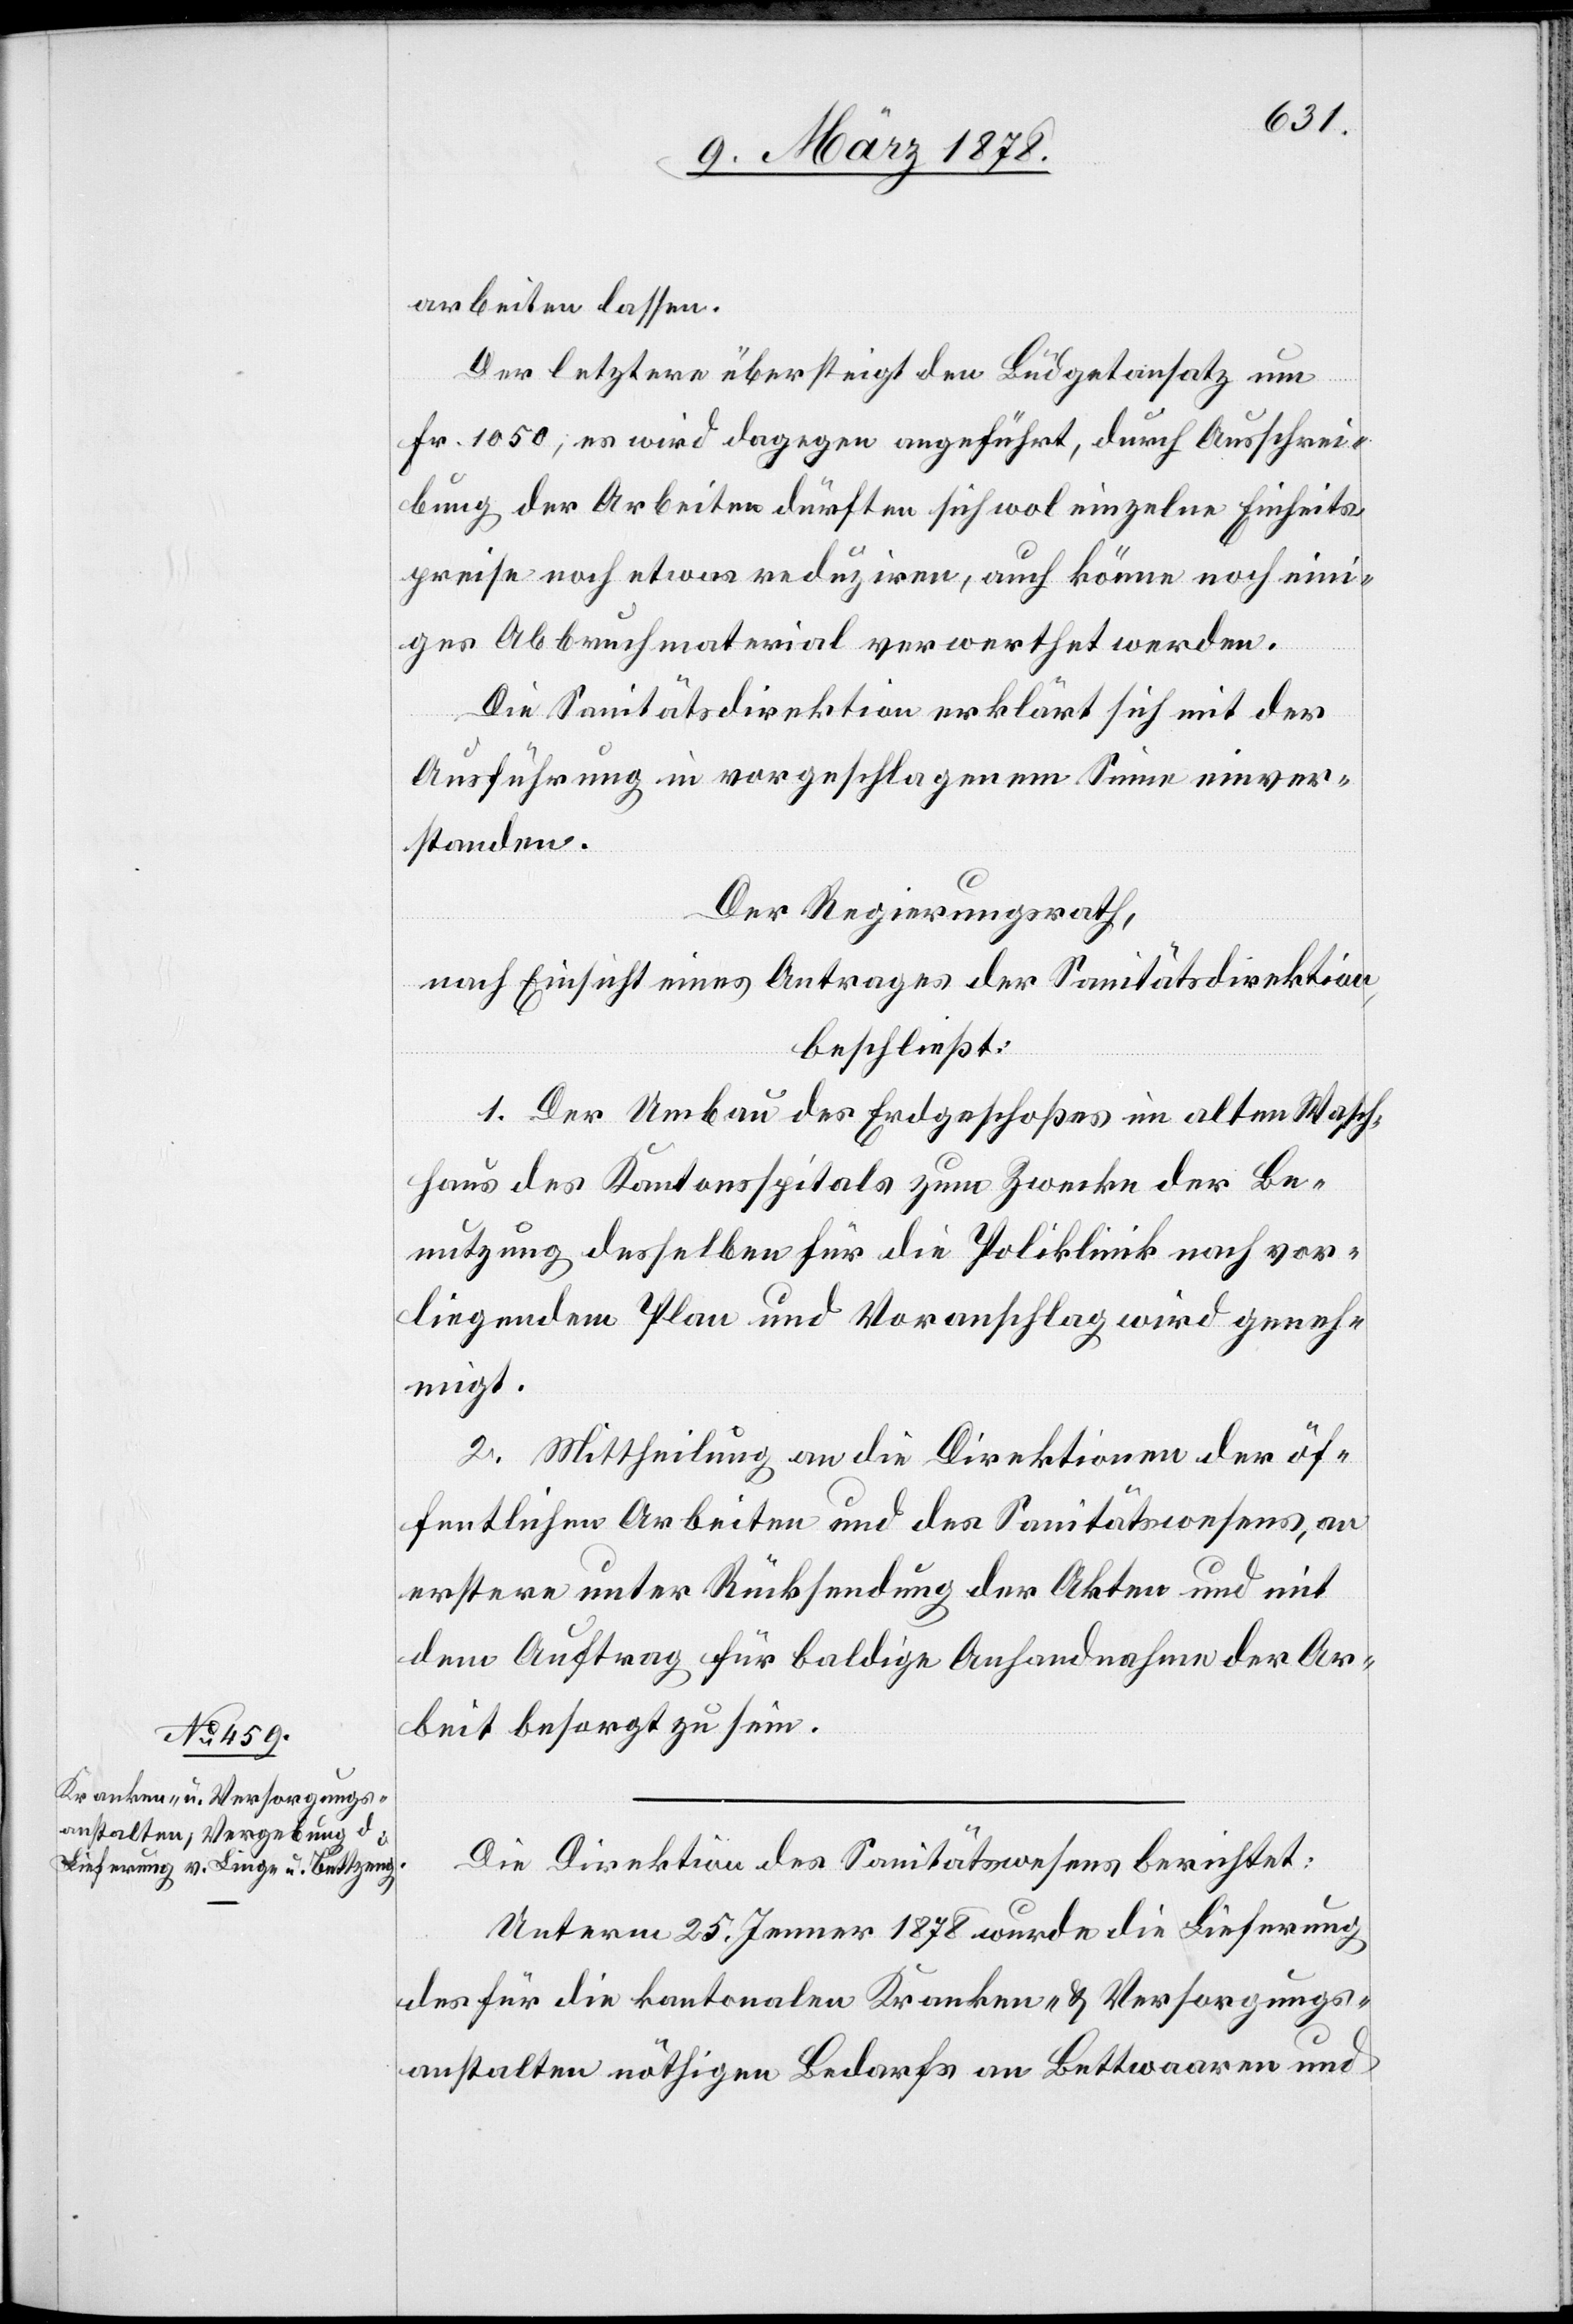
arbeiten lassen.
Der letztere übersteigt den Büdgetansatz um
Fr. 1050; es wird dagegen angeführt, durch Ausschrei¬
bung der Arbeiten dürften sich wol einzelne Einheits¬
preise noch etwas reduziren, auch könne noch eini¬
ges Abbruchmaterial verwerthet werden.
Die Sanitätsdirektion erklärt sich mit der
Ausführung in vorgeschlagenem Sinne einver¬
standen.
Der Regierungsrath,
nach Einsicht eines Antrages der Sanitätsdirektion,
beschließt:
1. Der Umbau des Erdgeschoßes im alten Wasch¬
haus des Kantonsspitals zum Zwecke der Be¬
nutzung desselben für die Poliklinik nach vor¬
liegendem Plan und Voranschlag wird geneh¬
migt.
2. Mittheilung an die Direktionen der öf¬
fentlichen Arbeiten und des Sanitätswesens, an
erstere unter Rücksendung der Akten und mit
dem Auftrag für baldige Anhandnahme der Ar¬
beit besorgt zu sein.
Die Direktion des Sanitätswesens berichtet:
Unterm 25. Jenner 1878 wurde die Lieferung
des für die kantonalen Kranken & Versorgungs¬
anstalten nöthigen Bedarfs an Bettwaaren und